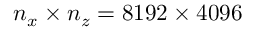
n _ { x } \times n _ { z } = 8 1 9 2 \times 4 0 9 6